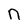
Character: n